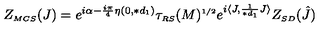
Z _ { \scriptscriptstyle M C S } ( J ) = e ^ { i \alpha - \frac { i \pi } { 4 } \eta ( 0 , \ast d _ { \scriptscriptstyle 1 } ) } \tau _ { \scriptscriptstyle R S } ( M ) ^ { \scriptscriptstyle 1 / 2 } e ^ { i \langle J , \frac { 1 } { \ast d _ { \scriptscriptstyle 1 } } J \rangle } Z _ { \scriptscriptstyle S D } ( \hat { J } )